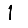
Digit: 1